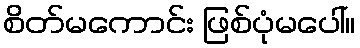
စိတ်မကောင်း ဖြစ်ပုံမပေါ်။